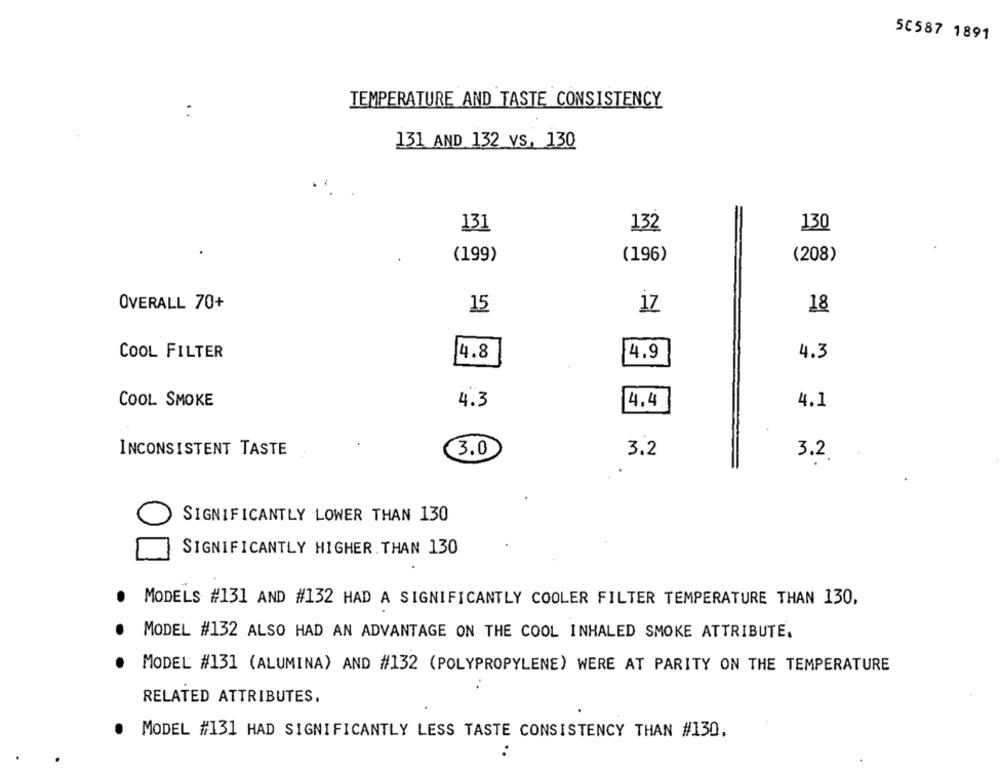
50587 1891
TEMPERATURE AND TASTE CONSISTENCY
131 AND 132 vs. 130
131
132
130
(199)
(196)
(208)
OVERALL 70+
15
iz
18
COOL FILTER
4.8
4.3
4.9
COOL SMOKE
4.3
4.4
4.1
INCONSISTENT TASTE
3.0
3.2
3.2
SIGNIFICANTLY LOWER THAN 130
SIGNIFICANTLY HIGHER. THAN 130
MODELS #131 AND #132 HAD A SIGNIFICANTLY COOLER FILTER TEMPERATURE THAN 130,
MODEL #132 ALSO HAD AN ADVANTAGE ON THE COOL INHALED SMOKE ATTRIBUTE.
MODEL #131 (ALUMINA) AND #132 (POLYPROPYLENE) WERE AT PARITY ON THE TEMPERATURE
RELATED ATTRIBUTES.
MODEL #131 HAD SIGNIFICANTLY LESS TASTE CONSISTENCY THAN #130,